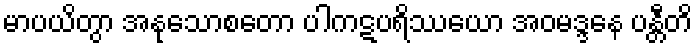
မာပယိတွာ အနုသောစတော ပါကဋပရိဿယော အဝမဒ္ဒနေ ပန္တီတိ